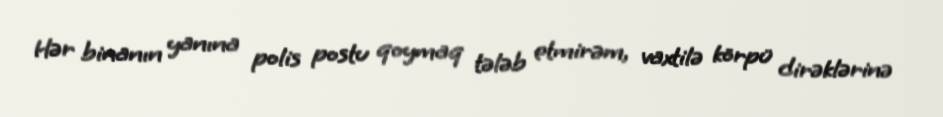
Hər binanın yanına polis postu qoymaq tələb etmirəm, vaxtilə körpü dirəklərinə